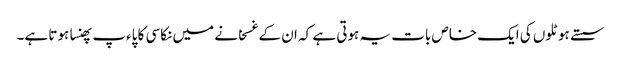
سستے ہوٹلوں کی ایک خاص بات یہ ہوتی ہے کہ ان کے غسخانے میں نکاسی کا پاءپ پھنسا ہوتا ہے۔